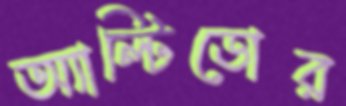
অ্যাল্টিডোর